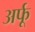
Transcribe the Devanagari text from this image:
अर्फू